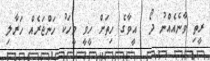
ރީތި ވާނެއެއްނު ދޯ  އީވާގެ ހިތަށް ހީވީ މީހަކު ހަންޖަރެއް ހަރާލި